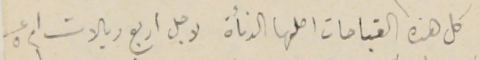
كل هذه القباحات اصلها الدنأة لاجل اربع ريالات ام عدد ٥